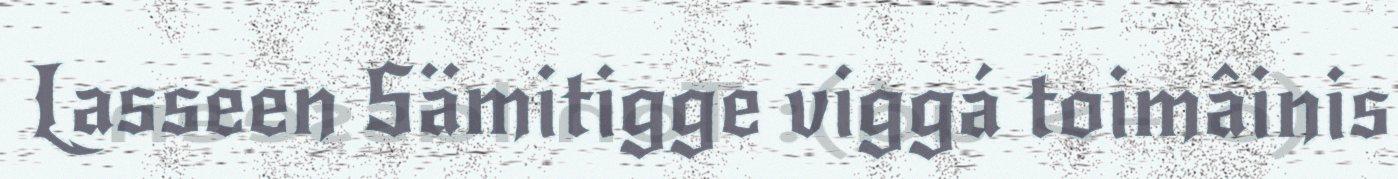
Lasseen Sämitigge viggá toimâinis